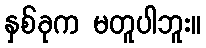
နှစ်ခုက မတူပါဘူး။